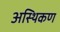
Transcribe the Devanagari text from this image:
अस्थिकण